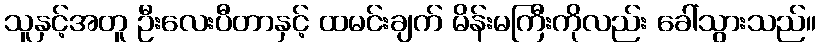
သူနှင့်အတူ ဦးလေးပီတာနှင့် ထမင်းချက် မိန်းမကြီးကိုလည်း ခေါ်သွားသည်။